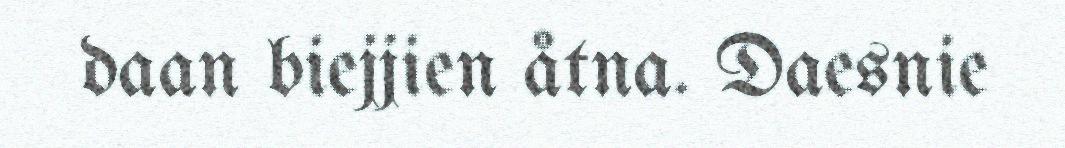
daan biejjien åtna. Daesnie